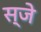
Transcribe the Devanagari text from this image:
स्जे